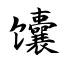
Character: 馕